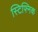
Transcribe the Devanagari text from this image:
स्टिफ्निक